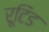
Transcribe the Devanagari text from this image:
रूटिड